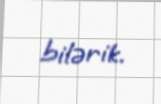
bilərik.